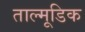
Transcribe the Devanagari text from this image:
ताल्मूडिक